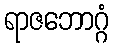
ရာဇဘောဂ္ဂံ